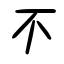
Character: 不